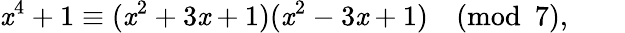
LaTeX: \mathit{x}^{4}+1\equiv(\mathit{x}^{2}+3\mathit{x}+1)(\mathit{x}^{2}-3\mathit{x}+1){\pmod{7}},\qquad